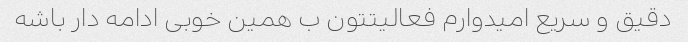
دقیق و سریع امیدوارم فعالیتتون ب همین خوبی ادامه دار باشه